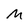
Character: M